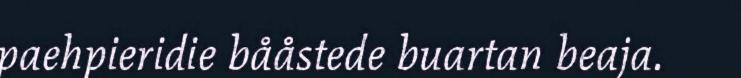
paehpieridie bååstede buartan beaja.